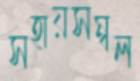
সহায়সম্বল